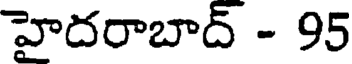
హైదరాబాద్ - 95